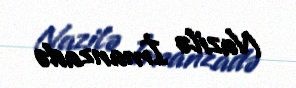
Nazilə İmanzadə